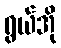
ရွယ်အို